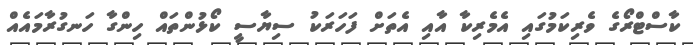
ކާސްޓްރޯގެ ވެރިކަމުގައި އެމެރިކާ އާއި އެތަށް ފަހަރަކު ސިޔާސީ ކޯޅުންތައް ހިންގާ ހަނގުރާމައެއް